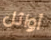
أوائل